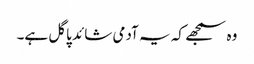
وہ سمجھے کہ یہ آدمی شائد پاگل ہے۔